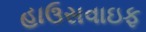
હાઉસવાઇફ